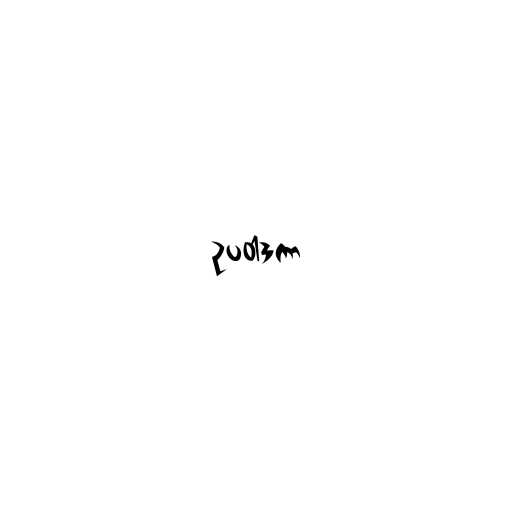
ဥပဝါဒကာ